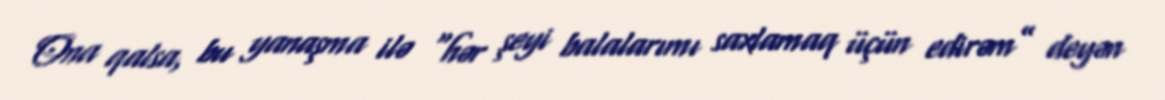
Ona qalsa, bu yanaşma ilə “hər şeyi balalarımı saxlamaq üçün edirəm” deyən